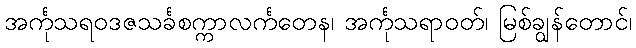
အင်္ကုသရဝဒဇသင်္ခစက္ကာလင်္ကတေန၊ အင်္ကုသရာဝတ်၊ မြစ်ချွန်တောင်၊